Malarial fevers
Disease focus: Malaria
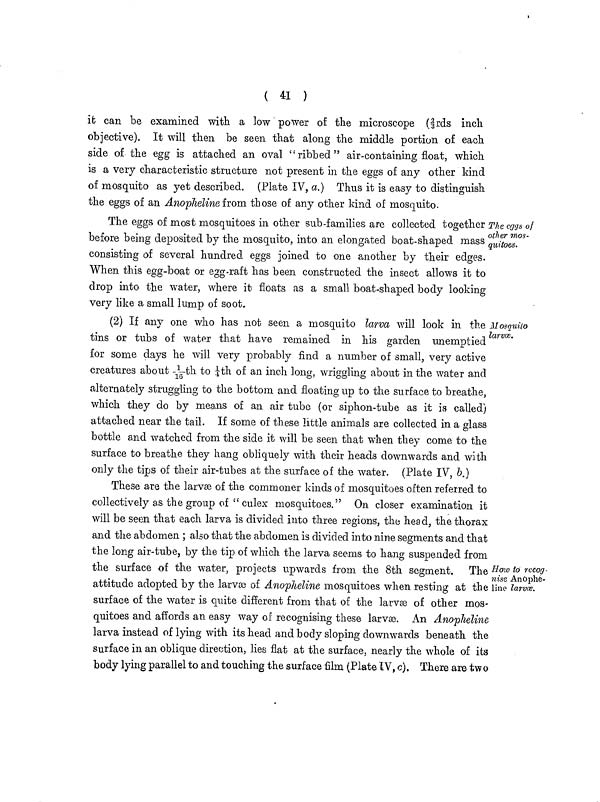
(
41
)
it can be examined with a low power of the microscope ( rds inch
objective). It will then be seen that along the middle portion of each
side of the egg is attached an oval "ribbed" air-containing float, which
is a very characteristic structure not present in the eggs of any other kind
of mosquito as yet described. (Plate IV, a.) Thus it is easy to distinguish
the eggs of an Anopheline from those of any other kind of mosquito.
The eggs of
oilier mos-
quitoes.
The eggs of most mosquitoes in other sub-families are collected together
before being deposited by the mosquito, into an elongated boat-shaped mass
consisting of several hundred eggs joined to one another by their edges.
When this egg-boat or egg-raft has been constructed the insect allows it to
drop into the water, where it floats as a small boat-shaped body looking
very like a small lump of soot.
Mosquito
larvæ.
(2) If any one who has not seen a mosquito larva will look in the
tins or tubs of water that have remained in his garden unemptied
for some days he will very probably find a number of small, very active
creatures about - 1 / 16 th to ¼th of an inch long, wriggling about in the water and
alternately struggling to the bottom and floating up to the surface to breathe,
which they do by means of an air tube (or siphon-tube as it is called)
attached near the tail. If some of these little animals are collected in a glass
bottle and watched from the side it will be seen that when they come to the
surface to breathe they hang obliquely with their heads downwards and with
only the tips of their air-tubes at the surface of the water. (Plate IV, b.)
How to recog-
nise Anophe-
line larvæ.
These are the larvæ of the commoner kinds of mosquitoes often referred to
collectively as the group of " culex mosquitoes." On closer examination it
will be seen that each larva is divided into three regions, the head, the thorax
and the abdomen ; also that the abdomen is divided into nine segments and that
the long air-tube, by the tip of which the larva seems to hang suspended from
the surface of the water, projects upwards from the 8th segment. The
attitude adopted by the larvæ of Anopheline mosquitoes when resting at the
surface of the water is quite different from that of the larvæ of other mos-
quitoes and affords an easy way of recognising these larvæ. An Anopheline
larva instead of lying with its head and body sloping downwards beneath the
surface in an oblique direction, lies flat at the surface, nearly the whole of its
body lying parallel to and touching the surface film (Plate IV, c}. There are two